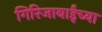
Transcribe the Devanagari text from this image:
गिरिजाबाईंच्या